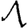
Digit: 1